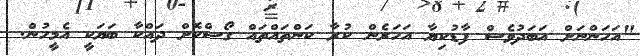
"އަހަންނަށް އަބަދުވެސް ފާޑުކިޔާ އަހަރެން ކުރާ ކަންތައްތައް ގޯސްކޮށް ދައްކާ ބަޔަކީ އެމީހުން.